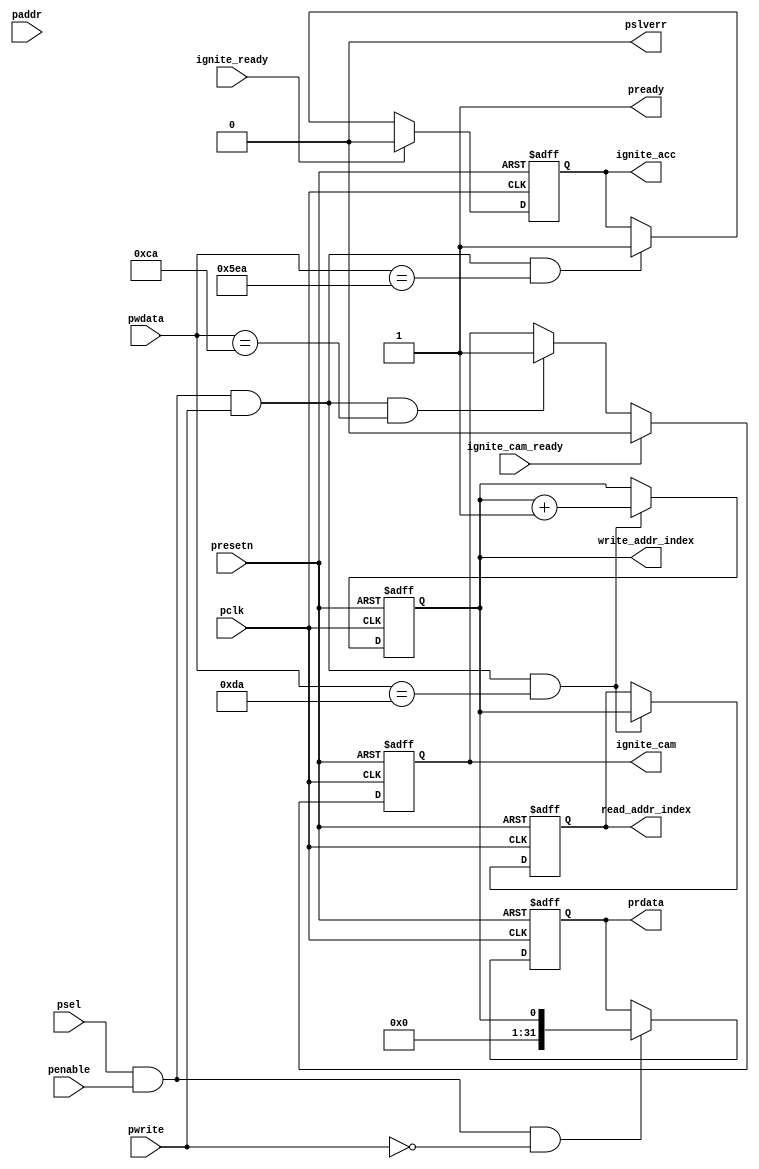
/* *****************************************************************
 *  This code is released under the MIT License.
 *  Copyright (c) 2020 Xuanzhi LIU, Qiao HU, Zongwu HE
 *  
 *  For latest version of this code or to issue a problem, 
 *  please visit: <https://github.com/WalkerLau/DetectHumanFaces>
 *  
 *  Note: the above information must be kept whenever or wherever the codes are used.
 *  
 * *****************************************************************/
module igniter #(
	parameter ADDRWIDTH = 12)
	(
	
	//SYSTEM
	input wire                       pclk,
	input wire                       presetn,
	
	output reg					     				 ignite_acc,
  input                            ignite_ready,
	output reg 						 					 ignite_cam,
	input							 							 ignite_cam_ready,
  output reg                       write_addr_index,
  output reg                       read_addr_index,
	//APB
	input  wire                      psel,
	input  wire [ADDRWIDTH-1:0]      paddr,
	input  wire                      penable,
	input  wire                      pwrite,
	input  wire [31:0]               pwdata,
	output reg  [31:0]               prdata,
	output wire                      pready,
	output wire                      pslverr	
	);

  	assign	pready  = 1'b1;	//always ready. Can be customized to support waitstate if required.
  	assign	pslverr = 1'b0;	//alwyas OKAY. Can be customized to support error response if required.

	assign	write_en = psel & penable & pwrite;
	assign	read_en  = psel & penable & (~pwrite);

	// Camera Igniter
	always @ (posedge pclk or negedge presetn) begin
		if(~presetn)begin
			ignite_cam <= 1'b0;
    end 
    else begin
			if(ignite_cam_ready == 1'b1) begin
				ignite_cam <= 1'b0; 
			end
			else if((write_en == 1'b1) && (pwdata == 32'hca)) begin
				ignite_cam <= 1'b1;
			end
    end
	end

	// Accelerator Igniter
	always @ (posedge pclk or negedge presetn) begin
		if(~presetn)begin
			ignite_acc <= 1'b0;
        end 
        else begin
		    if(ignite_ready == 1'b1) begin
		    	ignite_acc <= 1'b0; 
		    end
		    else if((write_en == 1'b1) && (pwdata == 32'd1514)) begin
				ignite_acc <= 1'b1;
		    end
        end
	end

  // pixel address index
  always @ (posedge pclk or negedge presetn) begin
    if(~presetn)begin
      prdata <= 32'd0;
    end
		else if(read_en == 1'b1) begin
			prdata <= {31'b0, write_addr_index};
		end
  end

  // draw kuangkuang
  always @ (posedge pclk or negedge presetn) begin
    if(~presetn)begin
      write_addr_index  <= 1'd0;
      read_addr_index   <= 1'd1;
    end
		else begin
      if((write_en == 1'b1) && (pwdata == 32'hda)) begin
        read_addr_index   = write_addr_index;
        write_addr_index  = write_addr_index + 1'd1;
      end
		end
  end

endmodule